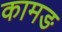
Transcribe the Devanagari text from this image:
कामङ